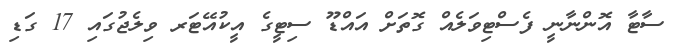
ސާޓާ އޮންނާނީ ފެސްޓިވަލެއް ގޮތަށް އައްޑޫ ސިޓީގެ އީކުއޭޓަރ ވިލެޖުގައި 17 ގަޑި